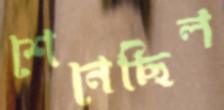
শেনেছিল